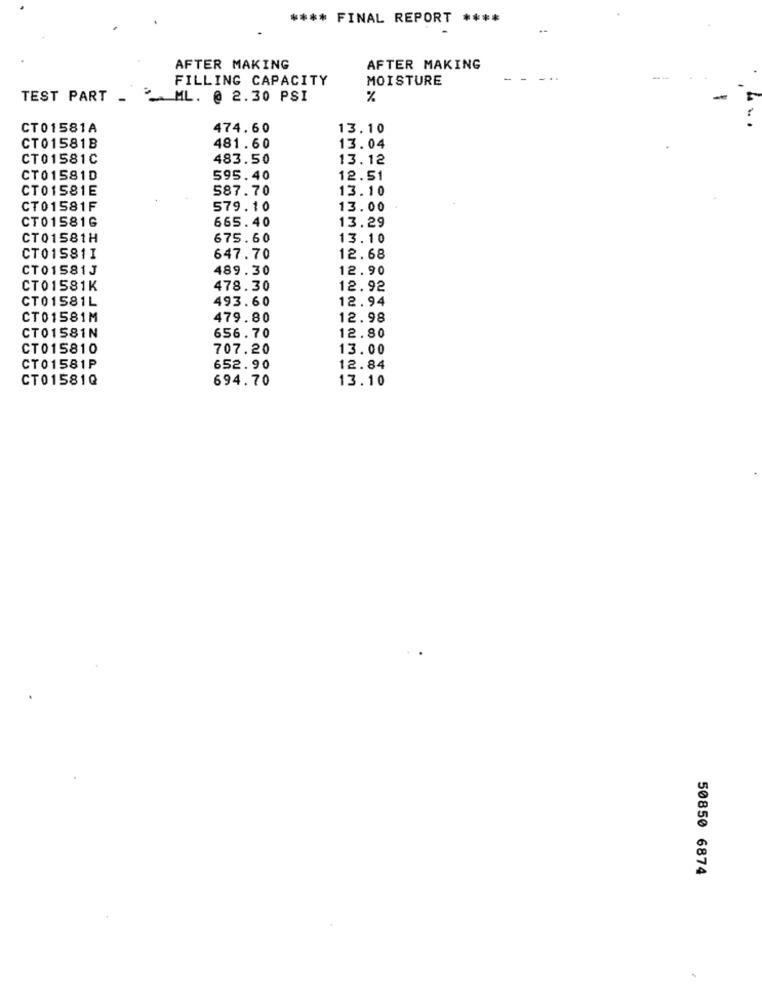
**** FINAL REPORT ****
AFTER MAKING
AFTER MAKING
FILLING CAPACITY
MOISTURE
TEST PART -
__ ML. @ 2.30 PSI
%
-
CT01581A
474.60
13.10
...
CT01581B
481.60
13.04
CT01581C
483.50
13.12
CT01581D
595.40
12.51
CT01581E
587.70
13.10
CT01581F
579.10
13.00
CT01581G
665.40
13.29
CT01581H
675.60
13.10
CT015811
647.70
12.68
CT01581J
489.30
12.90
CT01581K
478.30
12.92
CT01581L
493.60
12.94
CT01581M
479.80
12.98
CT01581N
656.70
12.80
CT015810
707.20
13.00
CT01581P
652.90
12.84
CT01581Q
694.70
13.10
50850 6874